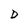
Character: D